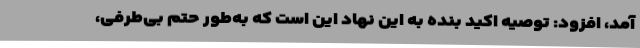
آمد، افزود: توصیه اکید بنده به این نهاد این است که به‌طور حتم بی‌طرفی،